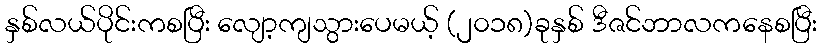
နှစ်လယ်ပိုင်းကစပြီး လျော့ကျသွားပေမယ့် (၂၀၁၈)ခုနှစ် ဒီဇင်ဘာလကနေစပြီး